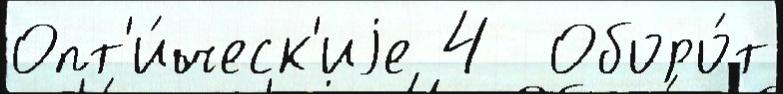
Опт'и́ческ'иjе 4  Оборо́т